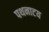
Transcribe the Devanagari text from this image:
पथनाटय